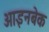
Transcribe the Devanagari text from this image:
आइनबेक